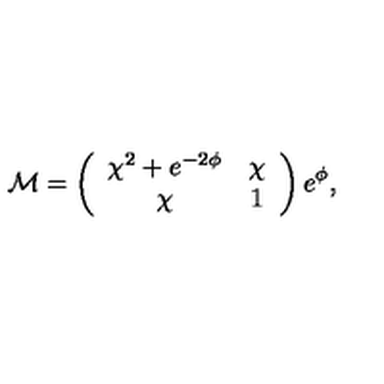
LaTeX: { \cal M } = \left( \begin{array} { c c } { \chi ^ { 2 } + e ^ { - 2 { \phi } } } & { \chi } \\ { \chi } & { 1 } \\ \end{array} \right) e ^ { { \phi } } ,